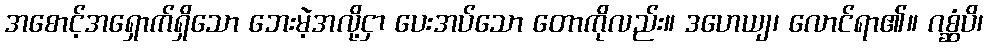
အစောင့်အရှောက်ရှိသော ဘေးမဲ့အလို့ငှာ ပေးအပ်သော တောကိုလည်း။ ဒဟေယျ၊ လောင်ရာ၏။ ဂစ္ဆံပိ၊